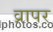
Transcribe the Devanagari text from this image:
व्रापर